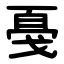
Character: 戞